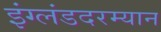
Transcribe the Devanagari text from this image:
इंग्लंडदरम्यान